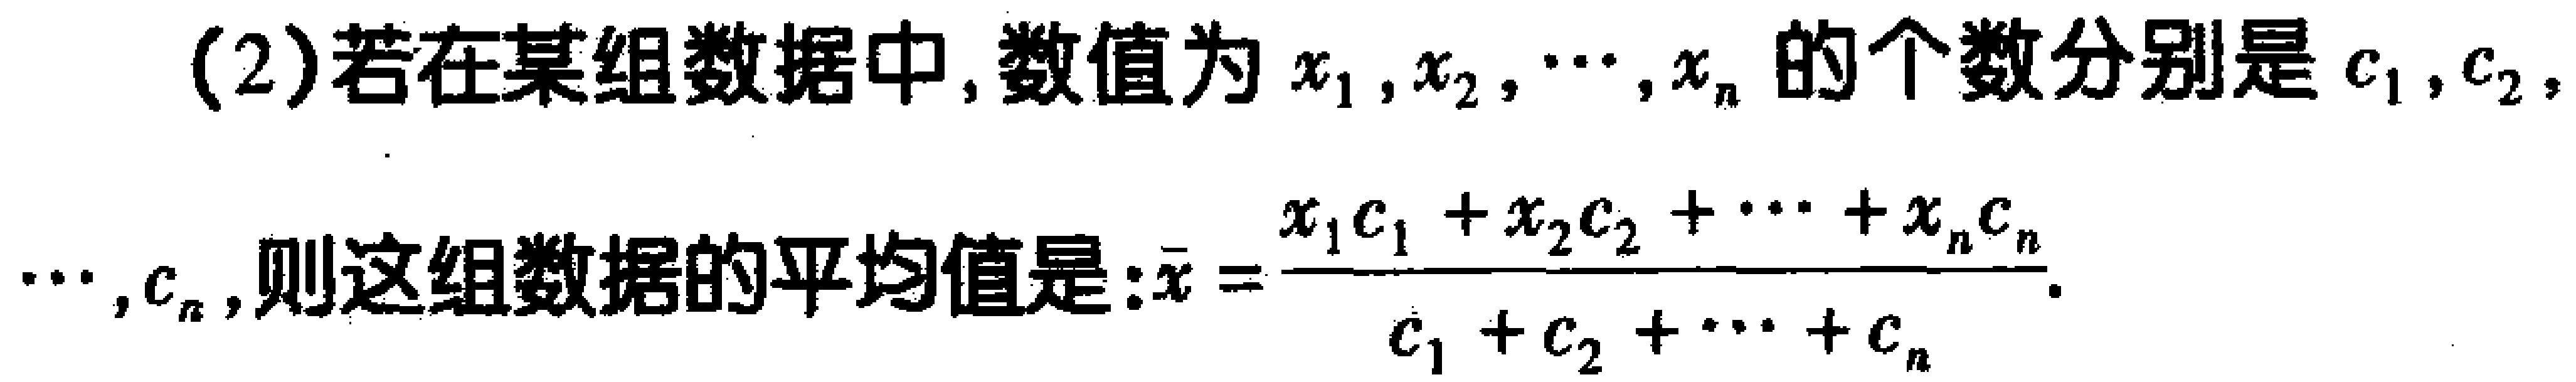
(2)若在某组数据中, 数值为 \(x_1,x_2,\cdots,x_n\) 的个数分别是 \(c_1,c_2,\cdots,c_n\), 则这组数据的平均值是: \(\bar{x}=\frac{x_1c_1 + x_2c_2+\cdots+x_nc_n}{c_1 + c_2+\cdots+c_n}\).